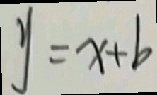
y = x + b